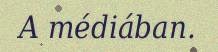
A médiában.